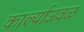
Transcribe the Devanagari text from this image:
कार्ल्याजवळ